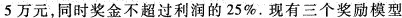
5万元，同时奖金不超过利润的25\%。现有三个奖励模型